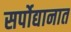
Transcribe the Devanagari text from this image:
सर्पोद्यानात